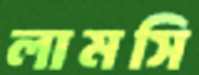
লামসি